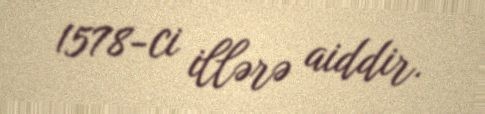
1578-ci illərə aiddir.